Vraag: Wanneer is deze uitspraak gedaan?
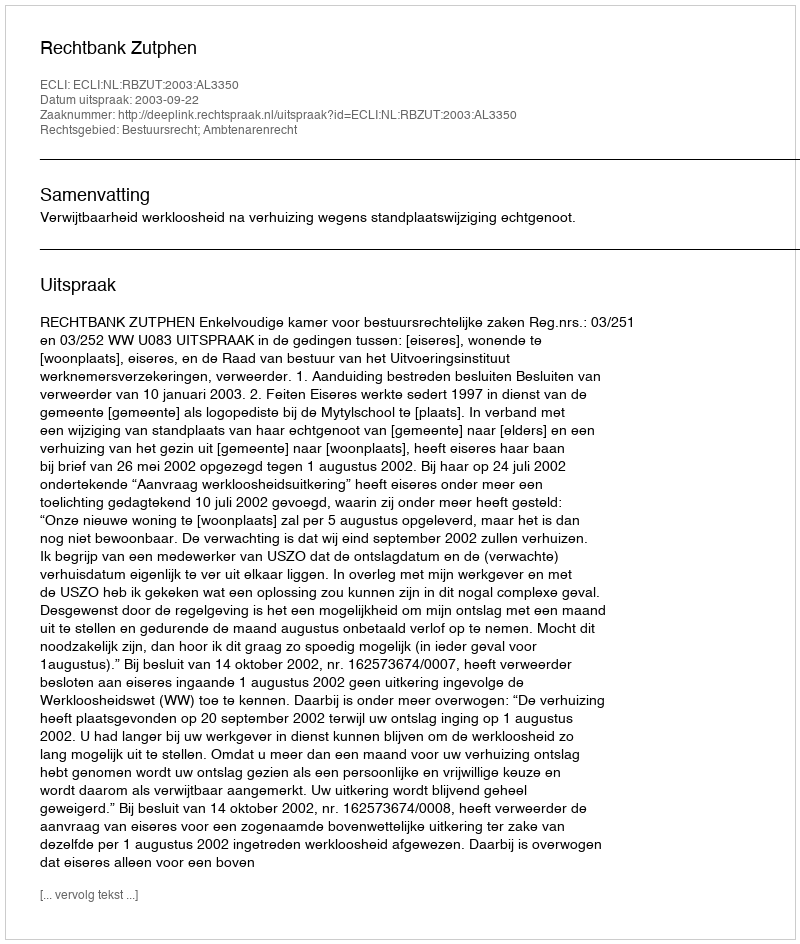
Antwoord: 2003-09-22